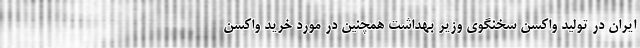
ایران در تولید واکسن سخنگوی وزیر بهداشت همچنین در مورد خرید واکسن